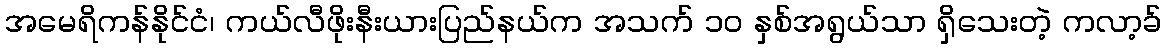
အမေရိကန်နိုင်ငံ၊ ကယ်လီဖိုးနီးယားပြည်နယ်က အသက် ၁၀ နှစ်အရွယ်သာ ရှိသေးတဲ့ ကလာ့ခ်